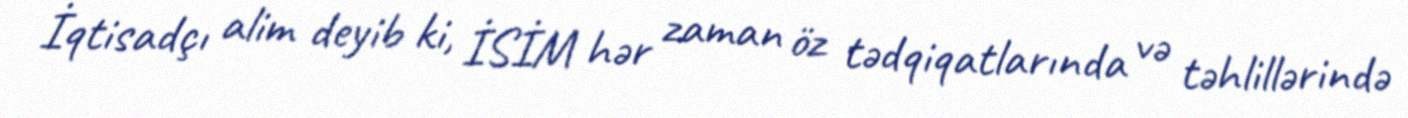
İqtisadçı alim deyib ki, İSİM hər zaman öz tədqiqatlarında və təhlillərində